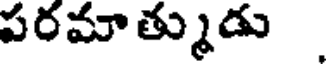
పరమాత్ముడు